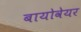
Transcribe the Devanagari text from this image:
बायोवेयर